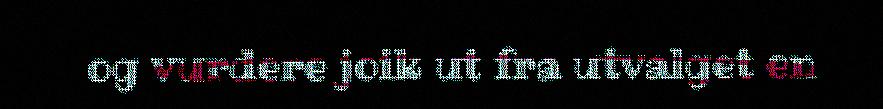
og vurdere joik ut fra utvalget en